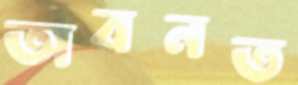
অবনত